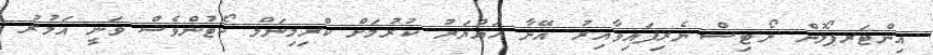
އިންޓަރޕޯލުން ނޯޓިސް ނެރިފައިވާއިރު އޭނާ ހައްޔަރު ކުރުމަށް ކްރިމިނަލް ކޯޓުންވެސް ވަނީ އަމުރު